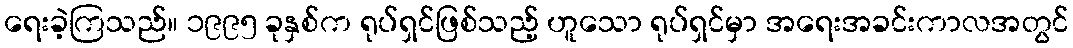
ရေးခဲ့ကြသည်။ ၁၉၉၅ ခုနှစ်က ရုပ်ရှင်ဖြစ်သည့် ဟူသော ရုပ်ရှင်မှာ အရေးအခင်းကာလအတွင်